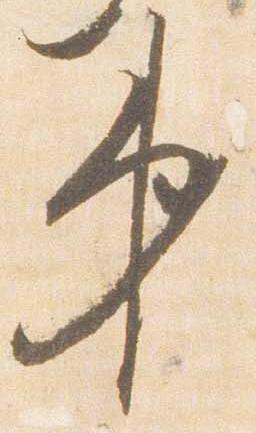
第